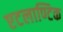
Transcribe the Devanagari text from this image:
एटलाण्टिक